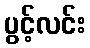
ပွင့်လင်း